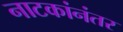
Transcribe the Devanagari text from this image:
नाटकांनंतर